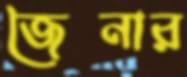
জৈনার